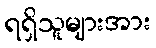
ရရှိသူများအား